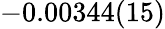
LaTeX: -0.00344(15)